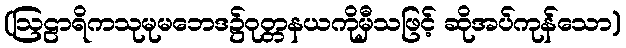
(ဩဠာရိကသုမုမဘေဒ၌ဝုတ္တနယကိုမှီသဖြင့် ဆိုအပ်ကုန်သော)